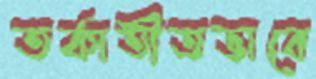
তর্কাতীতভাবে